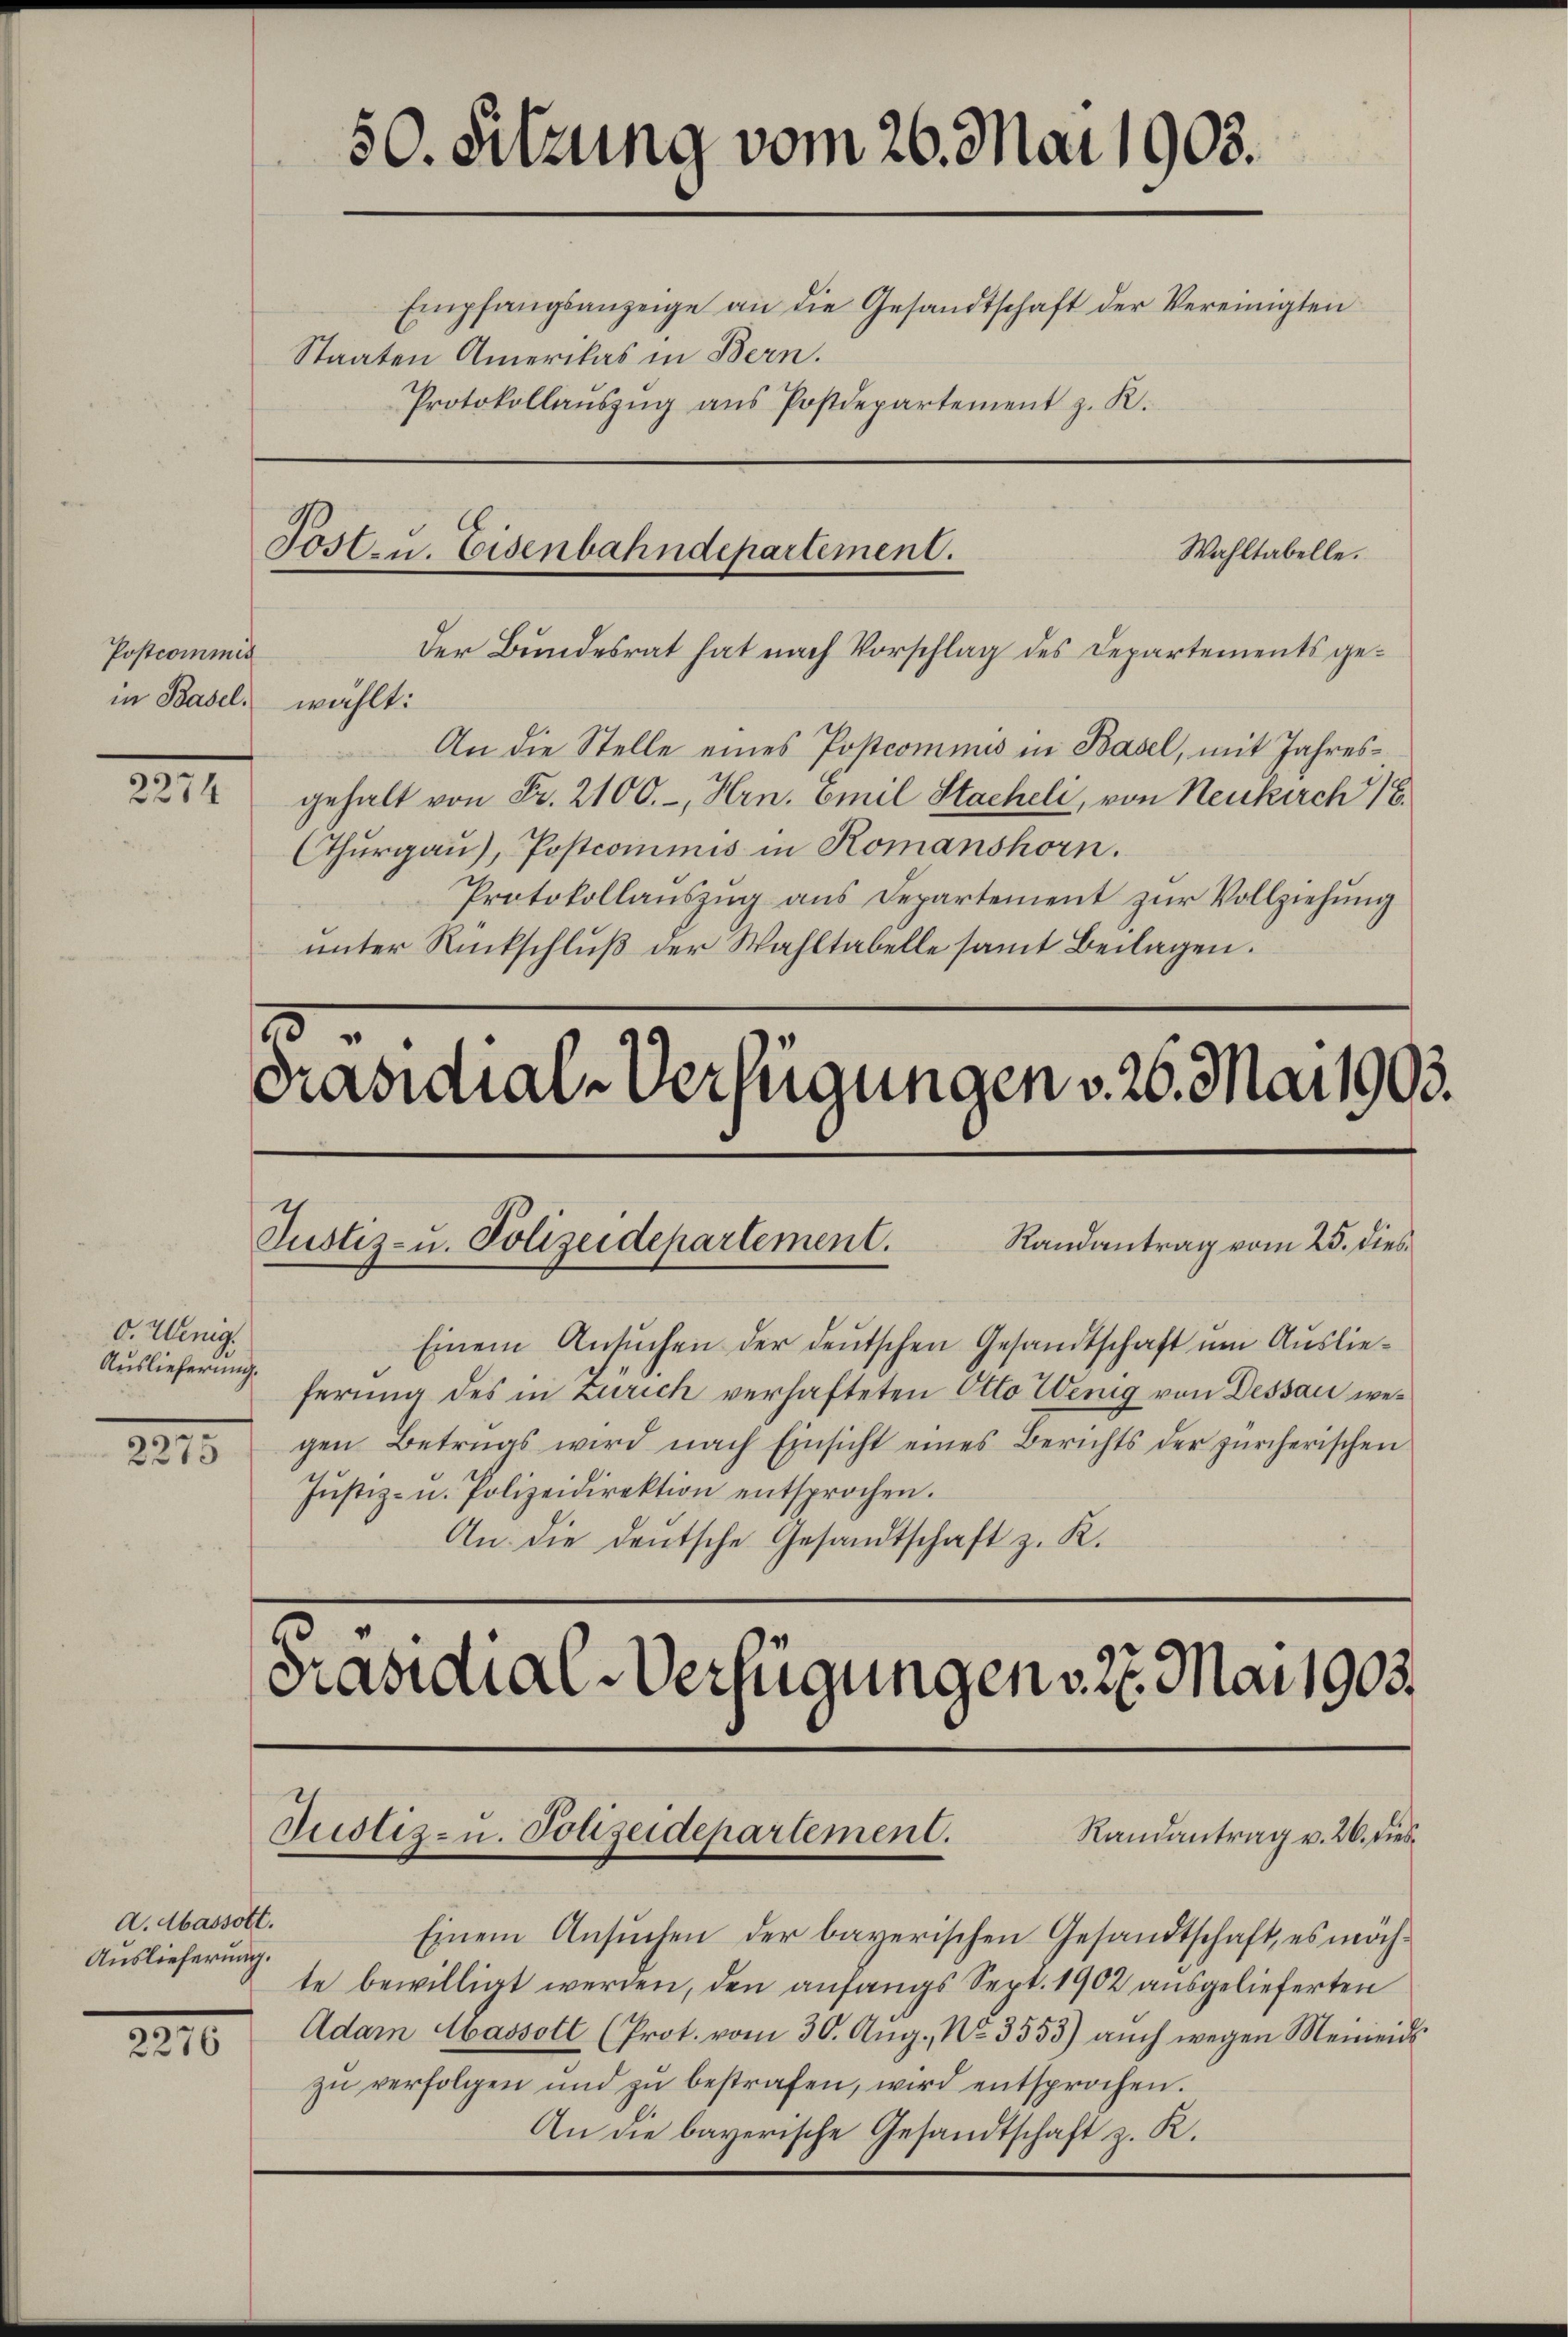
Postcommis
in Basel, wählt:

2274

O. Wenig.
Auslieferung.
.
2215

A.Abassott.
Auslieferung.

2276

Tosten. Eisenbahndepartement.
Wahltabelle.

1

50. Sitzung vom 26. Mai 1903.
Empfangsanzeige an die Gesandtschaft der Vereinigten
Staaten Amerikas in Bern.
Protokollaŭszŭg aŭs Postdepartement z. K.

der Bundesrat hat nach Vorschlag des Departements ge¬
An die Stelle eines Postcommis in Basel, mit Jahresgehalt von Fr. 2100.-, Hrn. Emil Stacheli, von Neukirch 18.
Cthurgau), Postcommis in Komanshorn.
Protokollaŭszŭg ans Departement zŭr Vollziehŭng
unter Rückschluß der Wahltabelle samt Beilagen.

Präsidial-Verfügungen v. 26. Mai 1903.
Randantrag vom 25. dies
Justiz- u. Polizeidepartement.

ferung des in Zürich verhafteten Otto Wenig von Dessau wegen Betreas wird nach Einsicht eines Berichts der zürcherischen
Jŭstiz- u. Polizeidirektion entsprochen.
An die deŭtsche Gesandtschaft z. K.

Justiz- u. Polizeidepartement.

Präsidial-Verfügungen v. 27. Mai 1903.

Einem Ansuchen der deutschen Gesandtschaft um Auslie¬

Randantrag v. 26. dies¬

Einem Ansŭchen der bayerischen Gesandtschaft, es möchte bewilligt werden, den anfangs Sept. 1902 ausgelieferten
Adam Massolt (Prot. vom 30. Aŭg., No. 3555) aŭch wegen Meineids
zŭ verfolgen und zŭ bestrafen, wird entsprochen.
An die bayerische Gesandtschaft z. K.